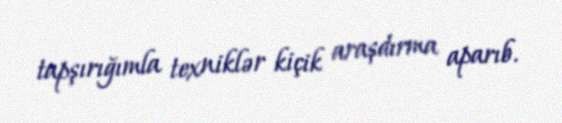
tapşırığımla texniklər kiçik araşdırma aparıb.